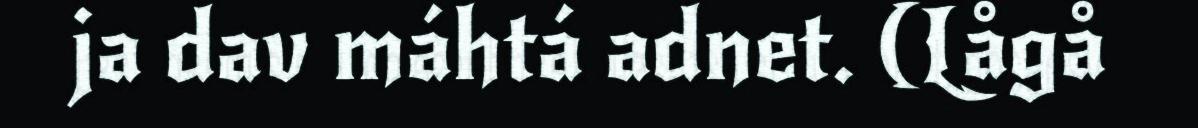
ja dav máhtá adnet. (Lågå